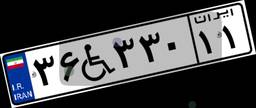
۳۶W۳۳۰۱۱